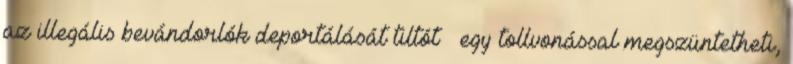
az illegális bevándorlók deportálását tiltót – egy tollvonással megszüntetheti,